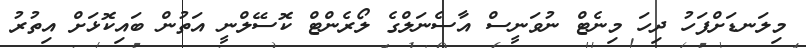
މިލަނޑަށްފަހު ދިހަ މިނެޓް ނުވަނީސް އާސެނަލްގެ ލޯރެންޓް ކޮސޭލްނީ އަތުން ބައިކޮޅަށް އިތުރު